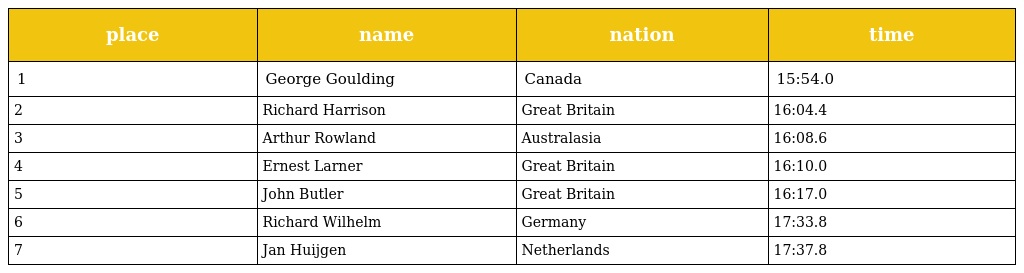
| place | name | nation | time |
 | --- | --- | --- | --- |
 | 1 | George Goulding | Canada | 15:54.0 |
 | 2 | Richard Harrison | Great Britain | 16:04.4 |
 | 3 | Arthur Rowland | Australasia | 16:08.6 |
 | 4 | Ernest Larner | Great Britain | 16:10.0 |
 | 5 | John Butler | Great Britain | 16:17.0 |
 | 6 | Richard Wilhelm | Germany | 17:33.8 |
 | 7 | Jan Huijgen | Netherlands | 17:37.8 |